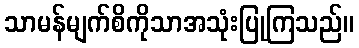
သာမန်မျက်စိကိုသာအသုံးပြုကြသည်။